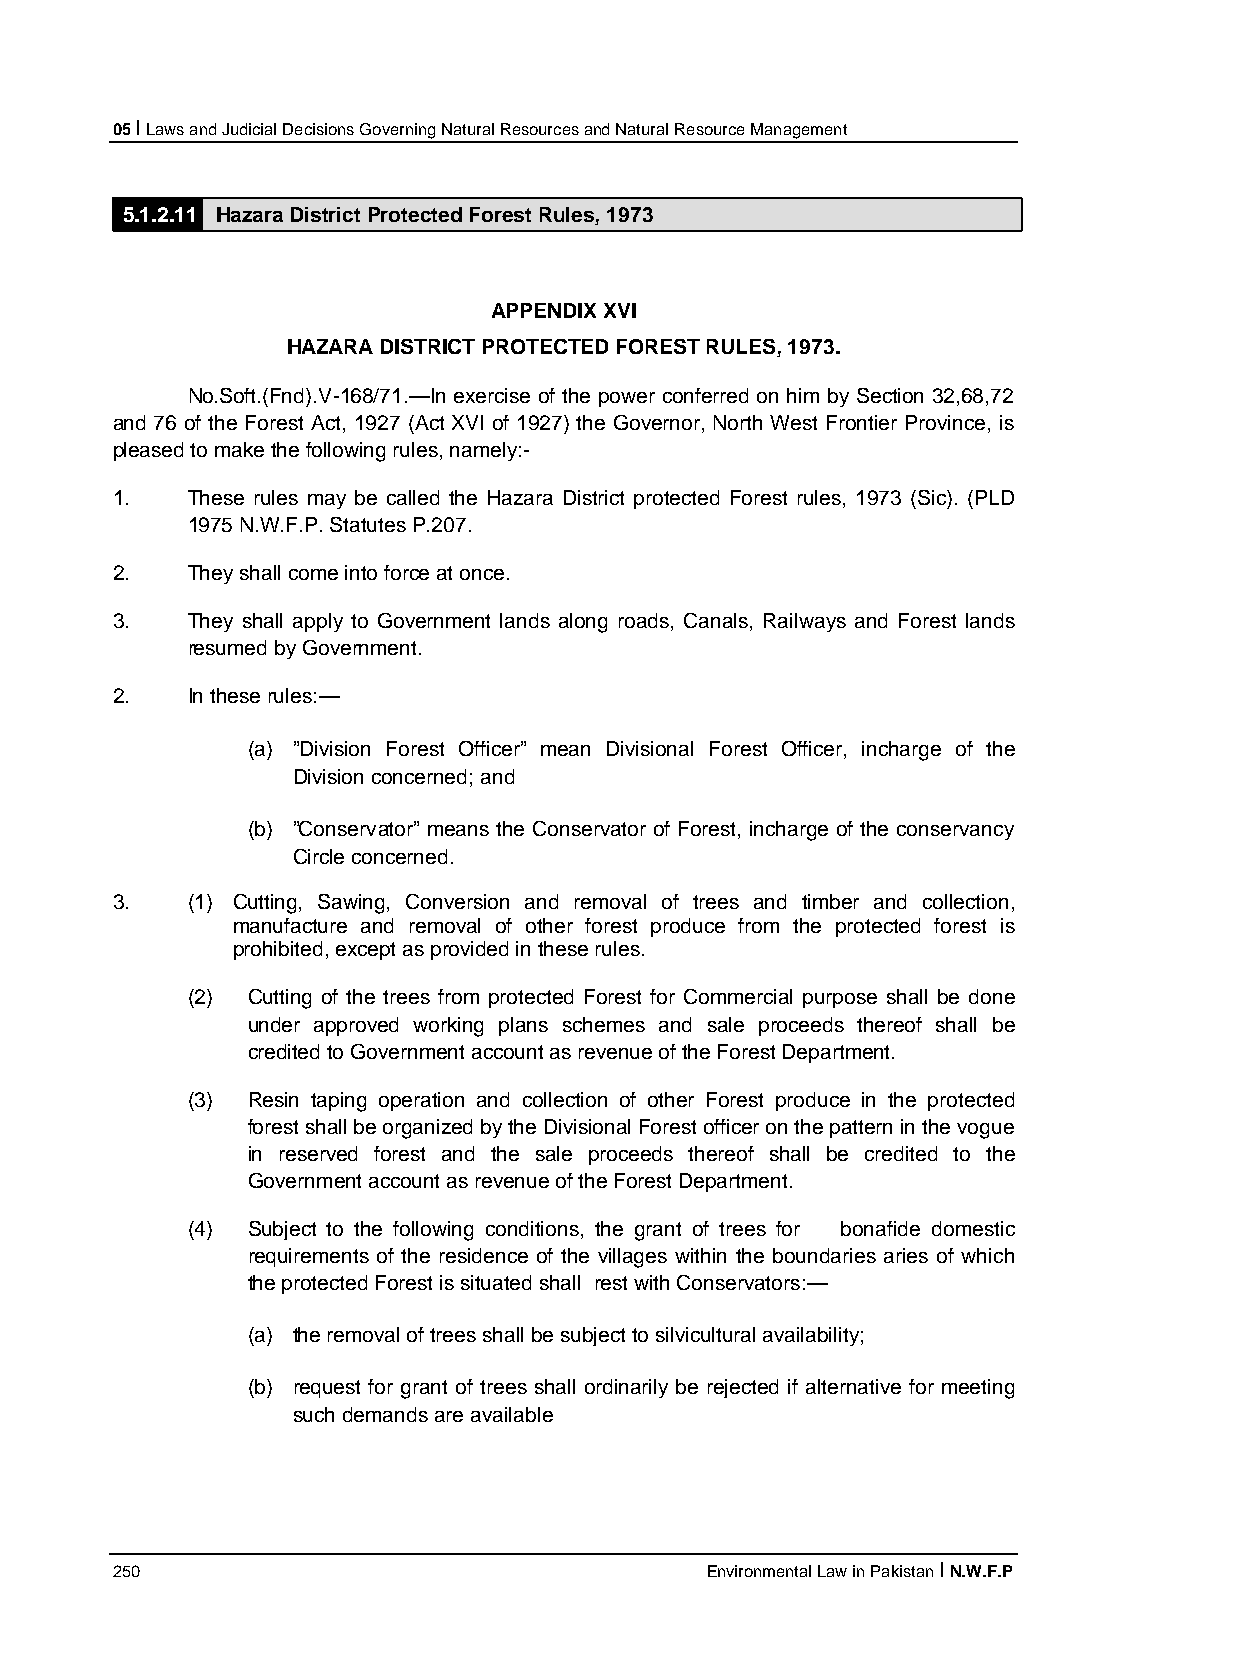
05 I Laws and Judicial Decisions Governing Natural Resources and Natural Resource Management
 5.1.2.11 Hazara District Protected Forest Rules, 1973
 APPENDIX XVI
 HAZARA DISTRICT PROTECTED FOREST RULES, 1973.
 No.Soft.(Fnd).V-168/71.—In exercise of the power conferred on him by Section 32,68,72
 and 76 of the Forest Act, 1927 (Act XVI of 1927) the Governor, North West Frontier Province, is
 pleased to make the following rules, namely:-
 1.   These rules may be called the Hazara District protected Forest rules, 1973 (Sic). (PLD
 1975 N.W.F.P. Statutes P.207.
 2.   They shall come into force at once.
 3.   They shall apply to Government lands along roads, Canals, Railways and Forest lands
 resumed by Government.
 2.   In these rules:—
 (a) ”Division Forest Officer” mean Divisional Forest Officer, incharge of the
 Division concerned; and
 (b) ”Conservator” means the Conservator of Forest, incharge of the conservancy
 Circle concerned.
 3.   (1) Cutting, Sawing, Conversion and removal of trees and timber and collection,
 manufacture and removal of other forest produce from the protected forest is
 prohibited, except as provided in these rules.
 (2) Cutting of the trees from protected Forest for Commercial purpose shall be done
 under approved working plans schemes and sale proceeds thereof shall be
 credited to Government account as revenue of the Forest Department.
 (3) Resin taping operation and collection of other Forest produce in the protected
 forest shall be organized by the Divisional Forest officer on the pattern in the vogue
 in reserved forest and the sale proceeds thereof shall be credited to the
 Government account as revenue of the Forest Department.
 (4) Subject to the following conditions, the grant of trees for bonafide domestic
 requirements of the residence of the villages within the boundaries aries of which
 the protected Forest is situated shall rest with Conservators:—
 (a) the removal of trees shall be subject to silvicultural availability;
 (b) request for grant of trees shall ordinarily be rejected if alternative for meeting
 such demands are available
 250                                     Environmental Law in Pakistan I N.W.F.P